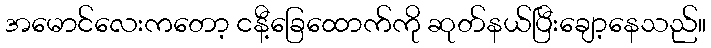
အမောင်လေးကတော့ ငနီ့ခြေထောက်ကို ဆုတ်နယ်ပြီးချော့နေသည်။